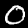
Digit: 0